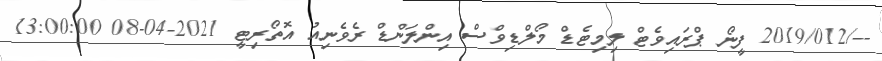
--/2019/012 ފީނޯ ޕްރައިވެޓް ލިމިޓެޑް މޯލްޑިވްސް އިންލަންޑް ރެވެނިއު އޮތޯރިޓީ 2021-04-08 13:00:00